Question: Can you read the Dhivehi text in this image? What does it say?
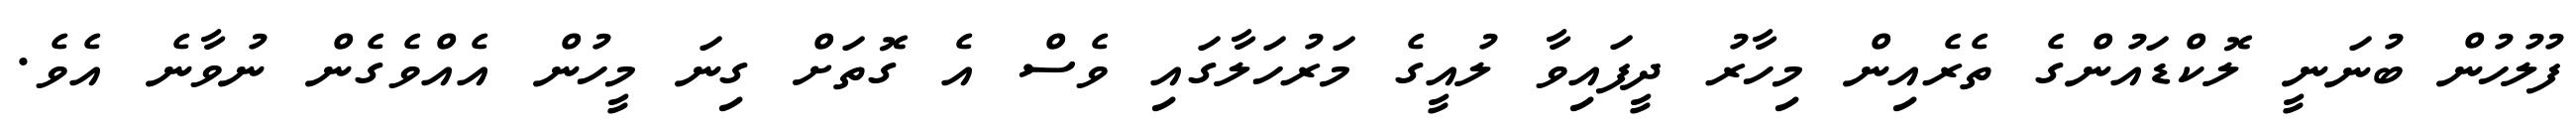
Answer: ފުލުހުން ބުނަނީ ލޮކްޑައުންގެ ތެރެއިން މިހާރު ދީފައިވާ ލުއީގެ މަރުހަލާގައި ވެސް އެ ގޮތަށް ގިނަ މީހުން އެއްވެގެން ނުވާނެ އެވެ.